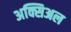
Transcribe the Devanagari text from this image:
अक्सिअल